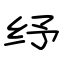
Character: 纾